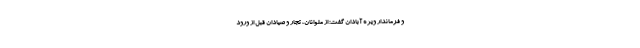
و فرماندار ویژه آبادان گفت: از ملوانان، تجار و صیادان قبل از ورود